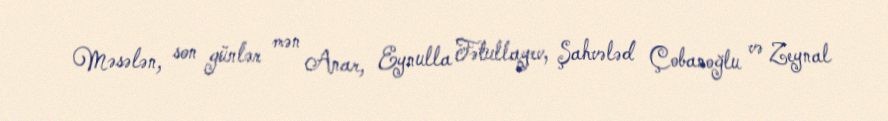
Məsələn, son günlər mən Anar, Eynulla Fətullayev, Şahvələd Çobanoğlu və Zeynal